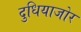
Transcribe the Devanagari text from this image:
दुधियाजोर